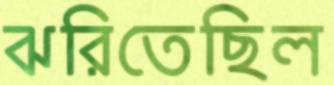
ঝরিতেছিল